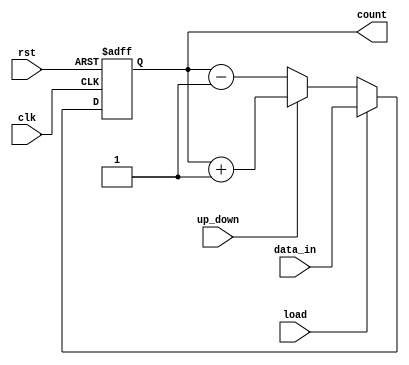
module UpDownCounter #(
    parameter N = 8 // Define parameter N for bit-width of the counter
)(
    input wire clk,          // Clock signal
    input wire rst,          // Asynchronous reset signal
    input wire up_down,      // Control signal for counting direction (1 for up, 0 for down)
    input wire load,         // Load signal to initialize the counter
    input wire [N-1:0] data_in, // Input data for loading the counter
    output reg [N-1:0] count // N-bit output representing the current count value
);

    // Asynchronous reset and counting process
    always @(posedge clk or posedge rst) begin
        if (rst) begin
            // Reset the counter to 0 when rst is asserted
            count <= 0;
        end else if (load) begin
            // Load data_in value into count when load is asserted
            count <= data_in;
        end else if (up_down) begin
            // Count up
            count <= count + 1;
        end else begin
            // Count down
            count <= count - 1;
        end
    end

endmodule